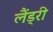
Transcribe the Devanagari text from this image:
लैंड्री